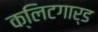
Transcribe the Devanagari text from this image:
क्लिटगार्ड